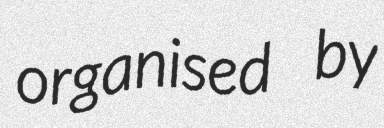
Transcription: organised by